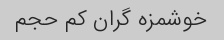
خوشمزه گران کم حجم